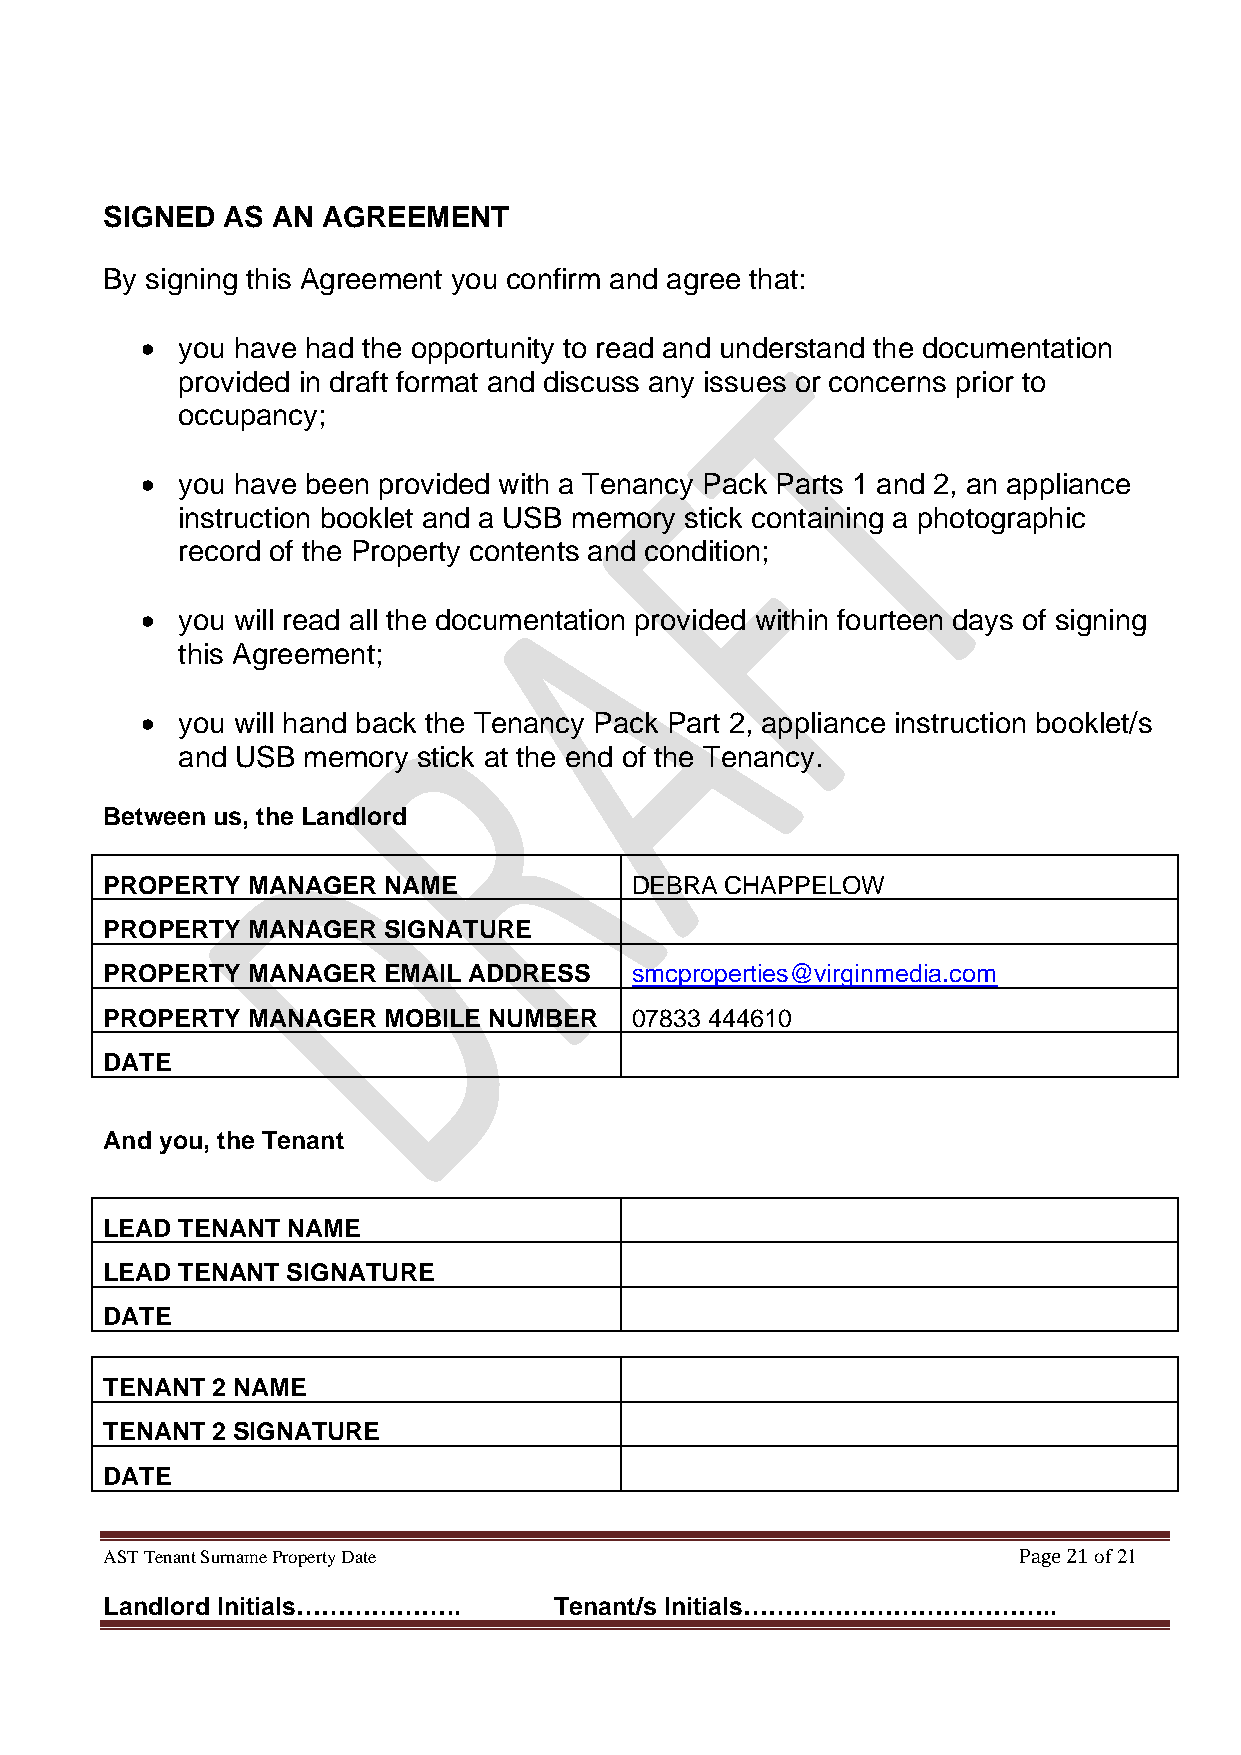
SIGNED  AS AN AGREEMENT
 By signing this Agreement you confirm and agree that:
 •  you have had the opportunity to read and understand the documentation
 provided in draft format and discuss any issues or concerns prior to
 occupancy;
 •  you have been provided with a Tenancy Pack Parts 1 and 2, an appliance
 instruction booklet and a USB memory stick containing a photographic
 record of the Property contents and condition;
 •  you will read all the documentation provided within fourteen days of signing
 this Agreement;
 •  you will hand back the Tenancy Pack Part 2, appliance instruction booklet/s
 and USB memory  stick at the end of the Tenancy.
 Between us, the Landlord
 PROPERTY MANAGER  NAME             DEBRA CHAPPELOW
 PROPERTY MANAGER  SIGNATURE
 PROPERTY MANAGER  EMAIL ADDRESS    smcproperties@virginmedia.com
 PROPERTY MANAGER  MOBILE NUMBER    07833 444610
 DATE
 And you, the Tenant
 LEAD TENANT NAME
 LEAD TENANT SIGNATURE
 DATE
 TENANT 2 NAME
 TENANT 2 SIGNATURE
 DATE
 AST Tenant Surname Property Date                            Page 21 of 21
 Landlord Initials………………..     Tenant/s Initials………………………………..